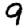
Digit: 9